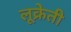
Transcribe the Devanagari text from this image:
लूक्रेती